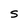
Character: S